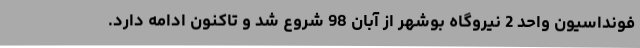
فونداسیون واحد 2 نیروگاه بوشهر از آبان 98 شروع شد و تاکنون ادامه دارد.